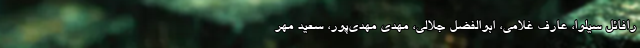
رافائل سیلوا، عارف غلامی، ابوالفضل جلالی، مهدی مهدی‌پور، سعید مهر